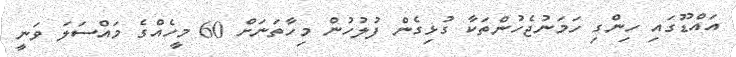
އައްޑޫގައި ހިންގި ހަމަނުޖެހުންތަކާ ގުޅިގެން ފުލުހުން މިހާތަނަށް 60 މީހެއްގެ މައްސަލަ ވަނީ